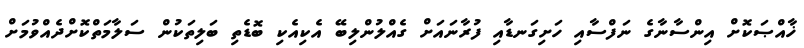
ޚާއްޞަކޮށް އިންސާނާގެ ނަފްސާއި ހަށިގަނޑާއި ފުރާނައަށް ގެއްލުންލިބޭ އެކިއެކި ބޮޑެތި ބަލިތަކުން ސަލާމަތްކޮށްދެއްވުމަށް